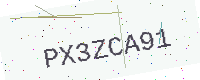
Text: PX3ZCA91